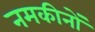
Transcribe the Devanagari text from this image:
नमकीनों